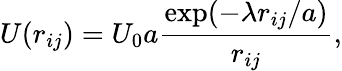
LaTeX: U(r_{ij})=U_{0}a\frac{\mathrm{exp}(-\lambda r_{ij}/a)}{r_{ij}},